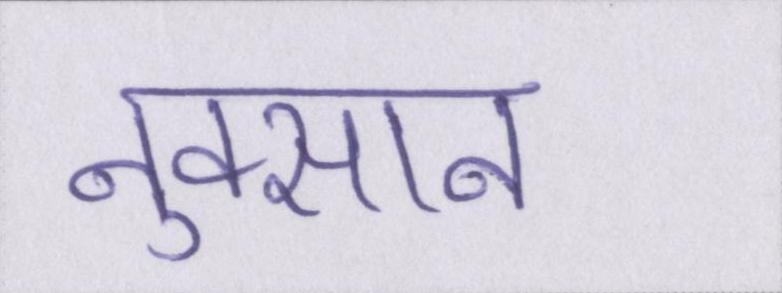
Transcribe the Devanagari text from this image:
नुक्सान